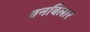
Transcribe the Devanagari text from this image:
बनबिलार